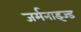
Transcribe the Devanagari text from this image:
जर्मनाइज्ड